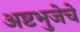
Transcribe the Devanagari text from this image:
अष्टभुजेचे